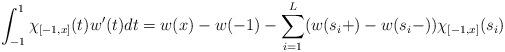
LaTeX: \begin{align*}\int_{-1}^1 \chi_{[-1,x]}(t)w'(t)dt&=w(x)-w(-1) -\sum_{i=1}^L(w(s_i+)-w(s_i-))\chi_{[-1,x]}(s_i)\end{align*}